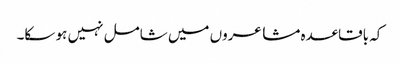
کہ باقاعدہ مشاعروں میں شامل نہیں ہو سکا۔